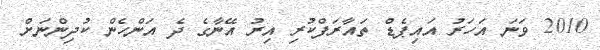
2010 ވަނަ އަހަރު އައިޕެޑް ތައާރަފްކުރި އިރު އޭނާގެ ދެ އަންހެން ކުދިންނަށް